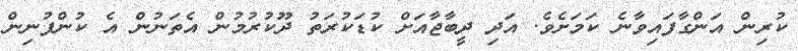
ކުރިން އަންގާފައިވާނެ ކަމަށެވެ. އަދި ދީބާޖާއަށް ކުޑަކުރަތު ދޫކުރުމުން އެތަނުން އެ ކުންފުނިން